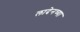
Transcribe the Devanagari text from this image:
लादेनच्या